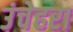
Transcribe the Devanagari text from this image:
उंचेहरा